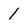
Character: 1